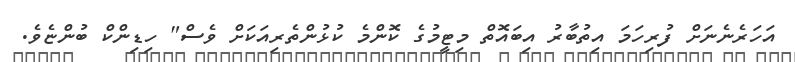
އަހަރެނެނަށް ފުރިހަަމަ އިތުބާރު އިބައޮތް މިޓީމުގެ ކޮންމެ ކުޅުންތެރިއަކަށް ވެސް" ހިޑިންކް ބުންޏެވެ.